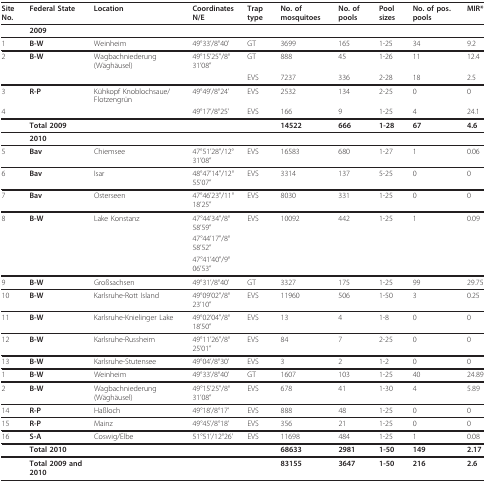
<table><thead><tr><td><b>Site No.</b></td><td><b>Federal State</b></td><td><b>Location</b></td><td><b>Coordinates N/E</b></td><td><b>Trap type</b></td><td><b>No. of mosquitoes</b></td><td><b>No. of pools</b></td><td><b>Pool sizes</b></td><td><b>No. of pos. pools</b></td><td><b>MIR*</b></td></tr></thead><tbody><tr><td></td><td><b>2009</b></td><td></td><td></td><td></td><td></td><td></td><td></td><td></td><td></td></tr><tr><td>1</td><td><b>B-W</b></td><td>Weinheim</td><td>49°33&#x27;/8°40&#x27;</td><td>GT</td><td>3699</td><td>165</td><td>1-25</td><td>34</td><td>9.2</td></tr><tr><td>2</td><td><b>B-W</b></td><td>Wagbachniederung (Wäghäusel)</td><td>49°15&#x27;25&quot;/8°31&#x27;08&quot;</td><td>GT</td><td>888</td><td>45</td><td>1-26</td><td>11</td><td>12.4</td></tr><tr><td></td><td></td><td></td><td></td><td>EVS</td><td>7237</td><td>336</td><td>2-28</td><td>18</td><td>2.5</td></tr><tr><td>3</td><td><b>R-P</b></td><td>Kühkopf Knoblochsaue/Flotzengrün</td><td>49°49&#x27;/8°24&#x27;</td><td>EVS</td><td>2532</td><td>134</td><td>2-25</td><td>0</td><td>0</td></tr><tr><td>4</td><td></td><td></td><td>49°17&#x27;/8°25&#x27;</td><td>EVS</td><td>166</td><td>9</td><td>1-25</td><td>4</td><td>24.1</td></tr><tr><td></td><td><b>Total 2009</b></td><td></td><td></td><td></td><td><b>14522</b></td><td><b>666</b></td><td><b>1-28</b></td><td><b>67</b></td><td><b>4.6</b></td></tr><tr><td></td><td><b>2010</b></td><td></td><td></td><td></td><td></td><td></td><td></td><td></td><td></td></tr><tr><td>5</td><td><b>Bav</b></td><td>Chiemsee</td><td>47°51&#x27;28&quot;/12°31&#x27;08&quot;</td><td>EVS</td><td>16583</td><td>680</td><td>1-27</td><td>1</td><td>0.06</td></tr><tr><td>6</td><td><b>Bav</b></td><td>Isar</td><td>48°47&#x27;14&quot;/12°55&#x27;07&quot;</td><td>EVS</td><td>3314</td><td>137</td><td>5-25</td><td>0</td><td>0</td></tr><tr><td>7</td><td><b>Bav</b></td><td>Osterseen</td><td>47°46&#x27;23&quot;/11°18&#x27;25&quot;</td><td>EVS</td><td>8030</td><td>331</td><td>1-25</td><td>0</td><td>0</td></tr><tr><td>8</td><td><b>B-W</b></td><td>Lake Konstanz</td><td>47°44&#x27;34&quot;/8°58&#x27;59&quot;</td><td>EVS</td><td>10092</td><td>442</td><td>1-25</td><td>1</td><td>0.09</td></tr><tr><td></td><td></td><td></td><td>47°44&#x27;17&quot;/8°58&#x27;52&quot;</td><td></td><td></td><td></td><td></td><td></td><td></td></tr><tr><td></td><td></td><td></td><td>47°41&#x27;40&quot;/9°06&#x27;53&quot;</td><td></td><td></td><td></td><td></td><td></td><td></td></tr><tr><td>9</td><td><b>B-W</b></td><td>Großsachsen</td><td>49°31&#x27;/8°40&#x27;</td><td>GT</td><td>3327</td><td>175</td><td>1-25</td><td>99</td><td>29.75</td></tr><tr><td>10</td><td><b>B-W</b></td><td>Karlsruhe-Rott Island</td><td>49°09&#x27;02&quot;/8°23&#x27;10&quot;</td><td>EVS</td><td>11960</td><td>506</td><td>1-50</td><td>3</td><td>0.25</td></tr><tr><td>11</td><td><b>B-W</b></td><td>Karlsruhe-Knielinger Lake</td><td>49°02&#x27;04&quot;/8°18&#x27;50&quot;</td><td>EVS</td><td>13</td><td>4</td><td>1-8</td><td>0</td><td>0</td></tr><tr><td>12</td><td><b>B-W</b></td><td>Karlsruhe-Russheim</td><td>49°11&#x27;26&quot;/8°25&#x27;01&quot;</td><td>EVS</td><td>84</td><td>7</td><td>2-25</td><td>0</td><td>0</td></tr><tr><td>13</td><td><b>B-W</b></td><td>Karlsruhe-Stutensee</td><td>49°04&#x27;/8°30&#x27;</td><td>EVS</td><td>3</td><td>2</td><td>1-2</td><td>0</td><td>0</td></tr><tr><td>1</td><td><b>B-W</b></td><td>Weinheim</td><td>49°33&#x27;/8°40&#x27;</td><td>GT</td><td>1607</td><td>103</td><td>1-25</td><td>40</td><td>24.89</td></tr><tr><td>2</td><td><b>B-W</b></td><td>Wagbachniederung (Wäghäusel)</td><td>49°15&#x27;25&quot;/8°31&#x27;08&quot;</td><td>EVS</td><td>678</td><td>41</td><td>1-30</td><td>4</td><td>5.89</td></tr><tr><td>14</td><td><b>R-P</b></td><td>Haßloch</td><td>49°18&#x27;/8°17&#x27;</td><td>EVS</td><td>888</td><td>48</td><td>1-25</td><td>0</td><td>0</td></tr><tr><td>15</td><td><b>R-P</b></td><td>Mainz</td><td>49°45&#x27;/8°18&#x27;</td><td>EVS</td><td>356</td><td>21</td><td>1-25</td><td>0</td><td>0</td></tr><tr><td>16</td><td><b>S-A</b></td><td>Coswig/Elbe</td><td>51°51&#x27;/12°26&#x27;</td><td>EVS</td><td>11698</td><td>484</td><td>1-25</td><td>1</td><td>0.08</td></tr><tr><td></td><td><b>Total 2010</b></td><td></td><td></td><td></td><td><b>68633</b></td><td><b>2981</b></td><td><b>1-50</b></td><td><b>149</b></td><td><b>2.17</b></td></tr><tr><td></td><td><b>Total 2009 and 2010</b></td><td></td><td></td><td></td><td><b>83155</b></td><td><b>3647</b></td><td><b>1-50</b></td><td><b>216</b></td><td><b>2.6</b></td></tr></tbody></table>